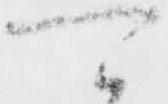
可